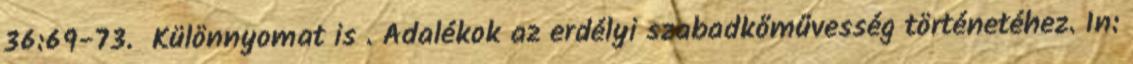
36:69-73. Különnyomat is . Adalékok az erdélyi szabadkőművesség történetéhez. In: